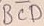
Text: BCD